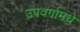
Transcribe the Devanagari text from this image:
उपवर्गामधे